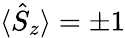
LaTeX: \langle{\hat{S}}_{z}\rangle=\pm 1